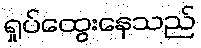
ရှုပ်ထွေးနေသည်